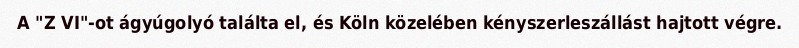
A "Z VI"-ot ágyúgolyó találta el, és Köln közelében kényszerleszállást hajtott végre.